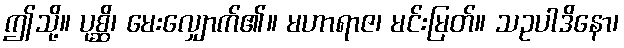
ဤသို့။ ပုစ္ဆိ၊ မေးလျှောက်၏။ မဟာရာဇ၊ မင်းမြတ်။ သဥပါဒိနော၊